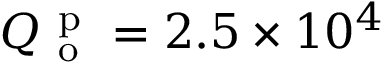
Q _ { \mathrm { ~ o ~ } } ^ { \mathrm { ~ p ~ } } = 2 . 5 \times 1 0 ^ { 4 }